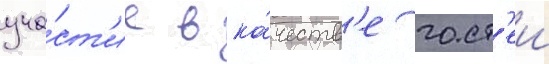
уча́ст'ие в ка́честв'е гост'еи